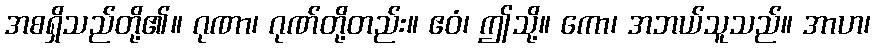
အစရှိသည်တို့၏။ ဂုဏာ၊ ဂုဏ်တို့တည်း။ ဧဝံ၊ ဤသို့။ ကော၊ အဘယ်သူသည်။ အာဟ၊